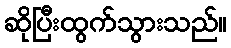
ဆိုပြီးထွက်သွားသည်။